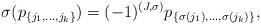
LaTeX: \begin{align*}\sigma(p_{\{j_1,\dots,j_k\}})=(-1)^{(J,\sigma)}p_{\{\sigma(j_1),\dots,\sigma(j_k)\}},\end{align*}